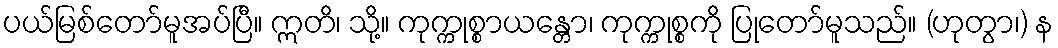
ပယ်မြစ်တော်မူအပ်ပြီ။ ဣတိ၊ သို့။ ကုက္ကုစ္စာယန္တော၊ ကုက္ကုစ္စကို ပြုတော်မူသည်။ (ဟုတွာ၊) န